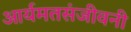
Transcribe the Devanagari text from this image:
आर्यमतसंजीवनी